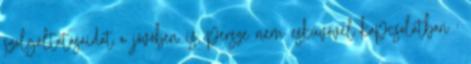
szolgáltatásaidat a jövőben is, persze nem esküvővel kapcsolatban :